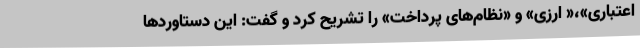
اعتباری»،« ارزی» و «نظام‌های پرداخت» را تشریح کرد و گفت: این دستاوردها